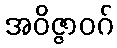
အဝိဇ္ဇာဝဂ်